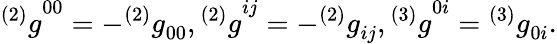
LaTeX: {^{(2)}g}^{00}=-{^{(2)}g}_{00},{^{(2)}g}^{ij}=-{^{(2)}g}_{ij},{^{(3)}g}^{0i}={^{(3)}g}_{0i}.